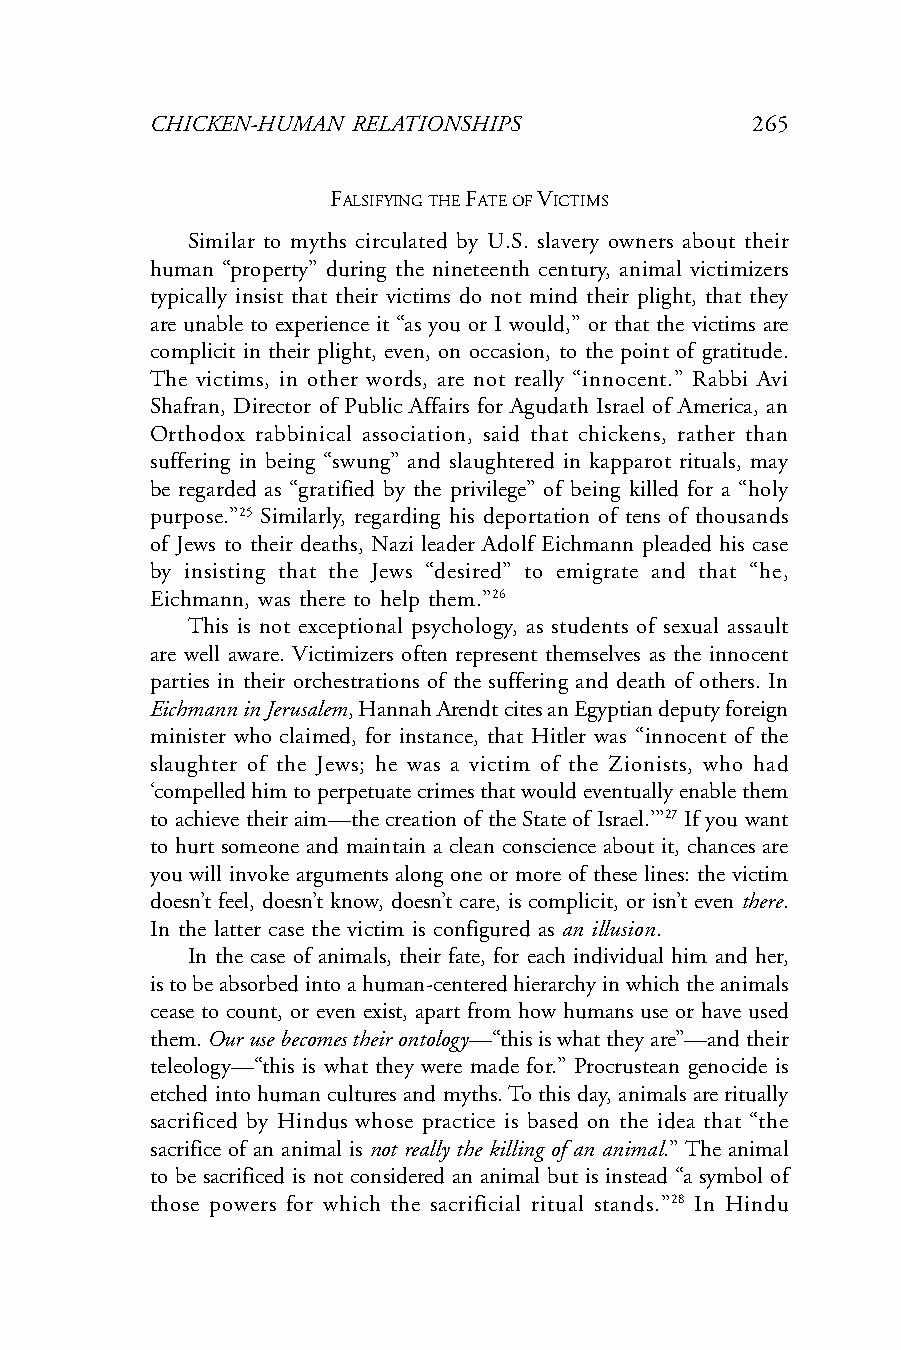
CHICKEN-HUMAN RELATIONSHIPS             265
 FALSIFYING THE FATE OF VICTIMS
 Similar to myths circulated by U.S. slavery owners about their
 human “property” during the nineteenth century, animal victimizers
 typically insist that their victims do not mind their plight, that they
 are unable to experience it “as you or I would,” or that the victims are
 complicit in their plight, even, on occasion, to the point of gratitude.
 The victims, in other words, are not really “innocent.” Rabbi Avi
 Shafran, Director of Public Affairs for Agudath Israel of America, an
 Orthodox rabbinical association, said that chickens, rather than
 suffering in being “swung” and slaughtered in kapparot rituals, may
 be regarded as “gratified by the privilege” of being killed for a “holy
 purpose.”25 Similarly, regarding his deportation of tens of thousands
 of Jews to their deaths, Nazi leader Adolf Eichmann pleaded his case
 by insisting that the Jews “desired” to emigrate and that “he,
 Eichmann, was there to help them.”26
 This is not exceptional psychology, as students of sexual assault
 are well aware. Victimizers often represent themselves as the innocent
 parties in their orchestrations of the suffering and death of others. In
 Eichmann in Jerusalem, Hannah Arendt cites an Egyptian deputy foreign
 minister who claimed, for instance, that Hitler was “innocent of the
 slaughter of the Jews; he was a victim of the Zionists, who had
 ‘compelled him to perpetuate crimes that would eventually enable them
 to achieve their aim—the creation of the State of Israel.’”27 If you want
 to hurt someone and maintain a clean conscience about it, chances are
 you will invoke arguments along one or more of these lines: the victim
 doesn’t feel, doesn’t know, doesn’t care, is complicit, or isn’t even there.
 In the latter case the victim is configured as an illusion.
 In the case of animals, their fate, for each individual him and her,
 is to be absorbed into a human-centered hierarchy in which the animals
 cease to count, or even exist, apart from how humans use or have used
 them. Our use becomes their ontology—“this is what they are”—and their
 teleology—“this is what they were made for.” Procrustean genocide is
 etched into human cultures and myths. To this day, animals are ritually
 sacrificed by Hindus whose practice is based on the idea that “the
 sacrifice of an animal is not really the killing of an animal.” The animal
 to be sacrificed is not considered an animal but is instead “a symbol of
 those powers for which the sacrificial ritual stands.”28 In Hindu